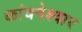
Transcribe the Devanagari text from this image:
कांचनेश्वार